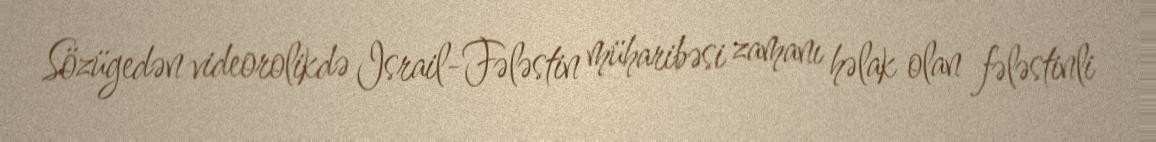
Sözügedən videorolikdə Israil-Fələstin müharibəsi zamanı həlak olan fələstinli